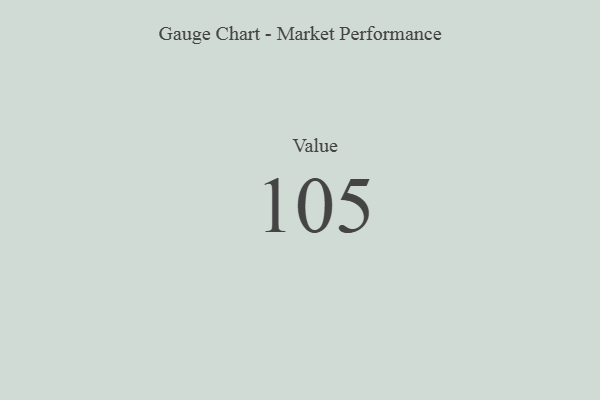
{"axis": {"x": "Metric", "y": "Value"}, "legend": [""], "data": [{"x": "Value", "y": 105, "type": ""}]}